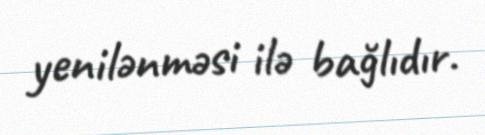
yenilənməsi ilə bağlıdır.